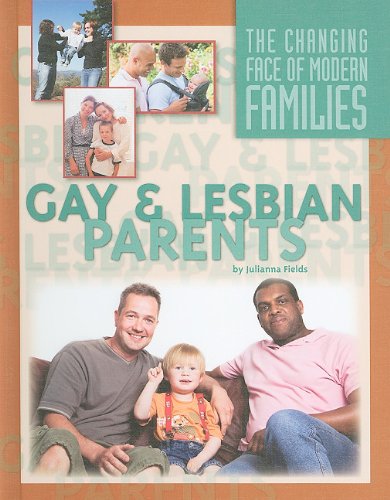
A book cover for Gay and Lesbian Parents (Changing Face of Modern Families); Julianna Fields; Teen & Young Adult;